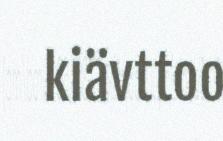
kiävttoo